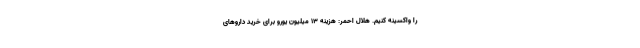
را واکسینه کنیم. هلال احمر: هزینه 13 میلیون یورو برای خرید داروهای